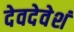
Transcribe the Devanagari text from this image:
देवदेवेशं